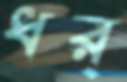
ধর্